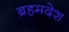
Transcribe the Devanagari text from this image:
ब्रहमदेश